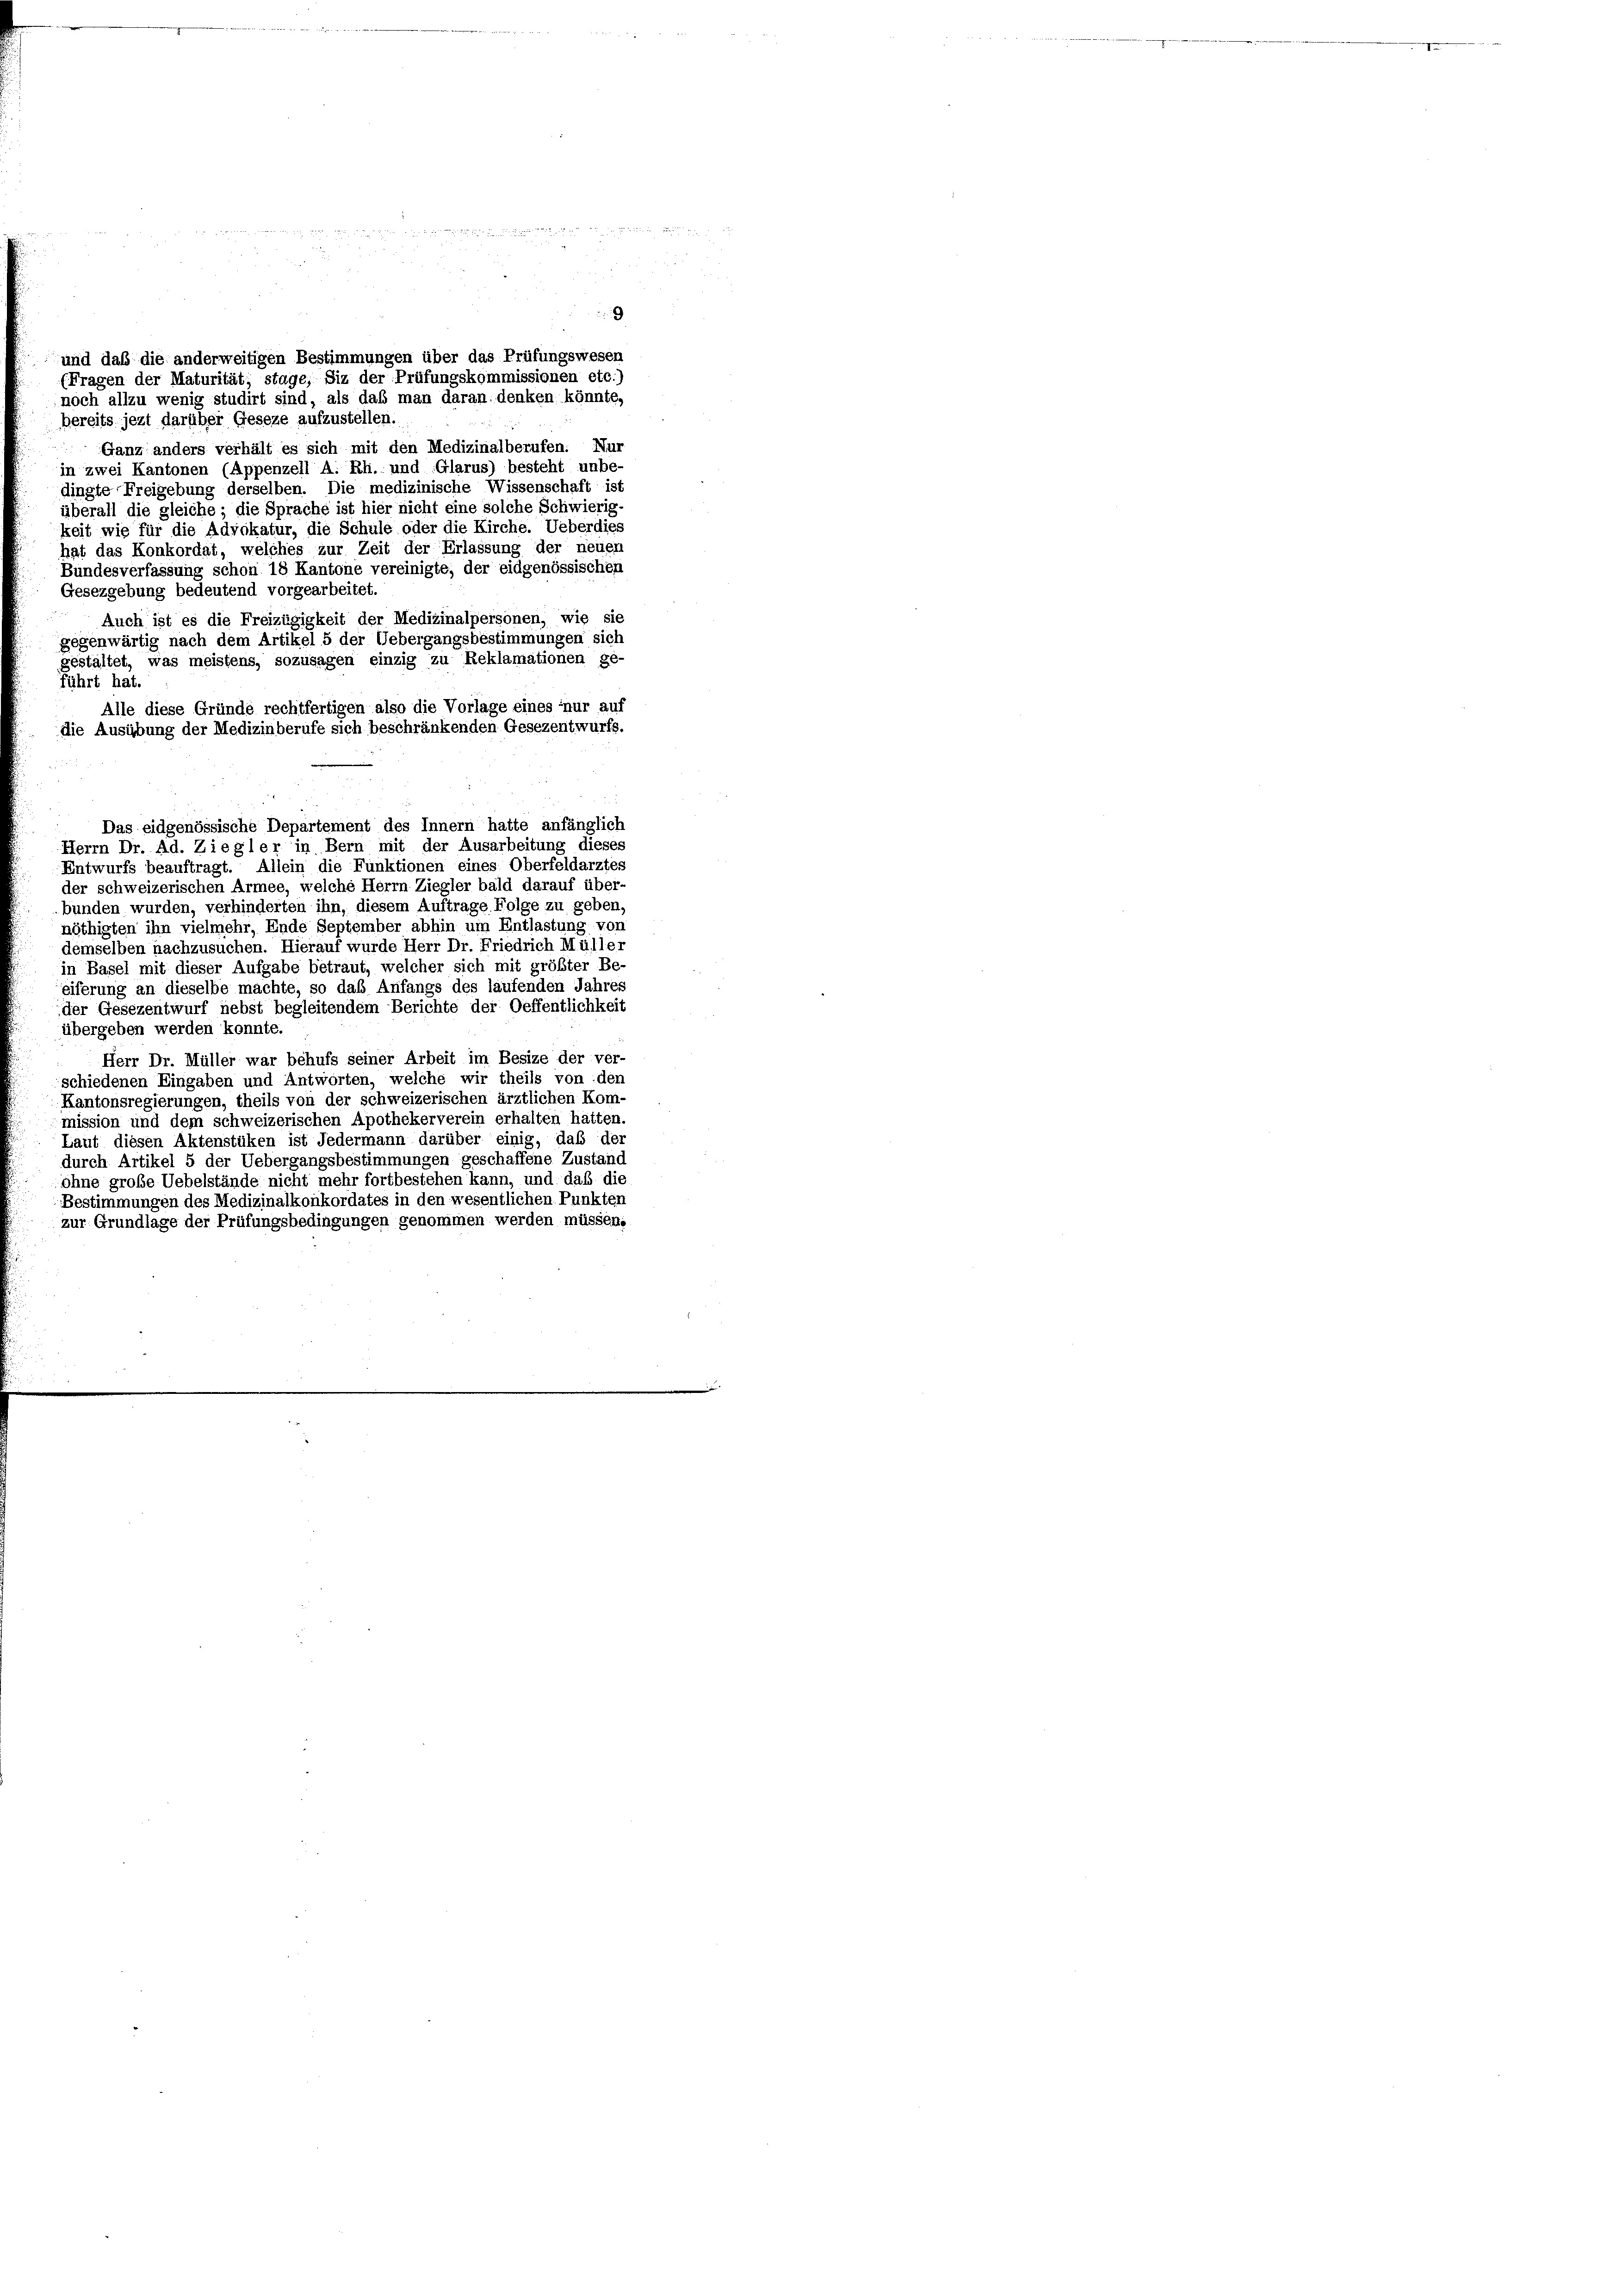
9

und daß die anderweitigen Bestimmungen über das Prüfungswesen
(Fragen der Maturität; stage, Siz der Prüfungskommissionen etc.)
noch allzu wenig studirt sind, als daß man daran, denken könnte,
bereits jezt darüber Geseze aufzustellen.
Ganz anders verhält es sich mit den Medizinalberufen: Nur
in zwei Kantonen (Appenzell A. Rh. und Glarus) besteht unbe-
dingte Freigebung derselben. Die medizinische Wissenschaft ist
überall die gleiche; die Sprache ist hier nicht eine solche Schwierig-
keit wie für die Advokatur, die Schule oder die Kirche. Ueberdies
hat das Konkordat, welches zur Zeit der Erlassung der neuen
Bundesverfassung schon 18 Kantone vereinigte, der eidgenössischen
Gesezgebung bedeutend vorgearbeitet.
Auch ist es die Freizügigkeit der Medizinalpersonen, wie sie
gegenwärtig nach dem Artikel 5 der Uebergangsbestimmungen sich
gestaltet, was meistens, sozusagen einzig zu Reklamationen ge-
führt hat.
Alle diese Gründe rechtfertigen also die Vorlage eines nur auf
die Ausübung der Medizinberufe sich beschränkenden Gesezentwurfs.
Das eidgenössische Departement des Innern hatte anfänglich
Herrn Dr. Ad. Ziegler in Bern mit der Ausarbeitung dieses
Entwurfs beauftragt. Allein die Funktionen eines Oberfeldarztes
der schweizerischen Armee, welche Herrn Ziegler bald darauf über-
bunden wurden, verhinderten ihn, diesem Auftrage Folge zu geben,
nöthigten ihn vielmehr, Ende September abhin um Entlastung von
demselben nachzusuchen. Hierauf wurde Herr Dr. Friedrich Mülle:
in Basel mit dieser Aufgabe betraut, welcher sich mit größter Be-
eiferung an dieselbe machte, so das Anfangs des laufenden Jahres
der Gesezentwurf nebst begleitendem Berichte der Oeffentlichkeit
übergeben werden konnte.
Herr Dr. Müller war behufs seiner Arbeit im Besize der ver-
schiedenen Eingaben und Antworten, welche wir theils von den
Kantonsregierungen, theils von der schweizerischen ärztlichen Kom-
mission und dem schweizerischen Apothekerverein erhalten hatten.
Laut diesen Aktenstüken ist Jedermann darüber einig, daß der
durch Artikel 5 der Uebergangsbestimmungen geschaffene Zustand
ohne große Uebelstände nicht mehr fortbestehen kann, und daß die
Bestimmungen des Medizinalkonkordates in den wesentlichen Punkten
zur Grundlage der Prüfungsbedingungen genommen werden müssen.